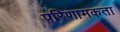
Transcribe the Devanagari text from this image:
परिणामकता